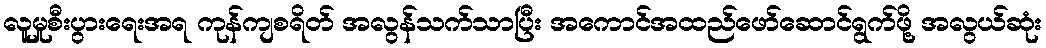
လူမှုစီးပွားရေးအရ ကုန်ကျစရိတ် အလွန်သက်သာပြီး အကောင်အထည်ဖော်ဆောင်ရွက်ဖို့ အလွယ်ဆုံး